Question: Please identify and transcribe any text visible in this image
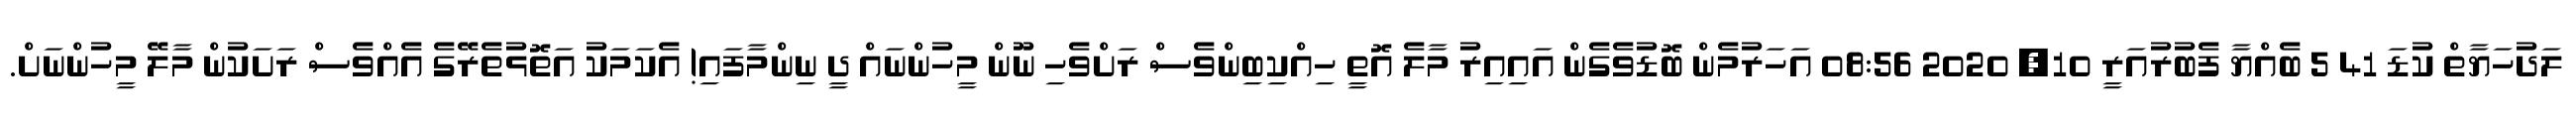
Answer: ލަދުހަޔާތް ކުޑަ 41 5 ބެއްޔާ ފެބުރުއަރީ 10, 2020 08:56 އަހަރުމެން ބޮޑުވެގެން އައިއިރު މާލެ އޮތީ ހިއްކިބިންވެސް ރަށްވެހި ނޫން މީހުންނައް ދީ ނިންމާފައި! އެކަމަކު އަތޮޅުތެރޭގެ އެއްވެސް ރަށަކުން މާލޭ މީހުންނަށް.